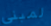
لمبنى